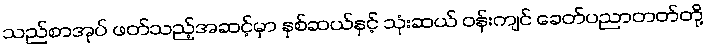
သည်စာအုပ် ဖတ်သည့်အဆင့်မှာ နှစ်ဆယ်နှင့် သုံးဆယ် ဝန်းကျင် ခေတ်ပညာတတ်တို့